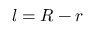
\boldsymbol { l } = \boldsymbol { R } - \boldsymbol { r }